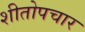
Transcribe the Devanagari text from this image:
शीतोपचार